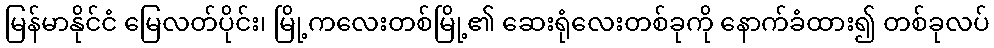
မြန်မာနိုင်ငံ မြေလတ်ပိုင်း၊ မြို့ကလေးတစ်မြို့၏ ဆေးရုံလေးတစ်ခုကို နောက်ခံထား၍ တစ်ခုလပ်